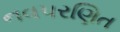
નવપરણિત